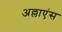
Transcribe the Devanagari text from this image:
अल्लाएंस